Punjab Mental Hospital Lahore 1932-46 - 1932-1946
Year: 1932
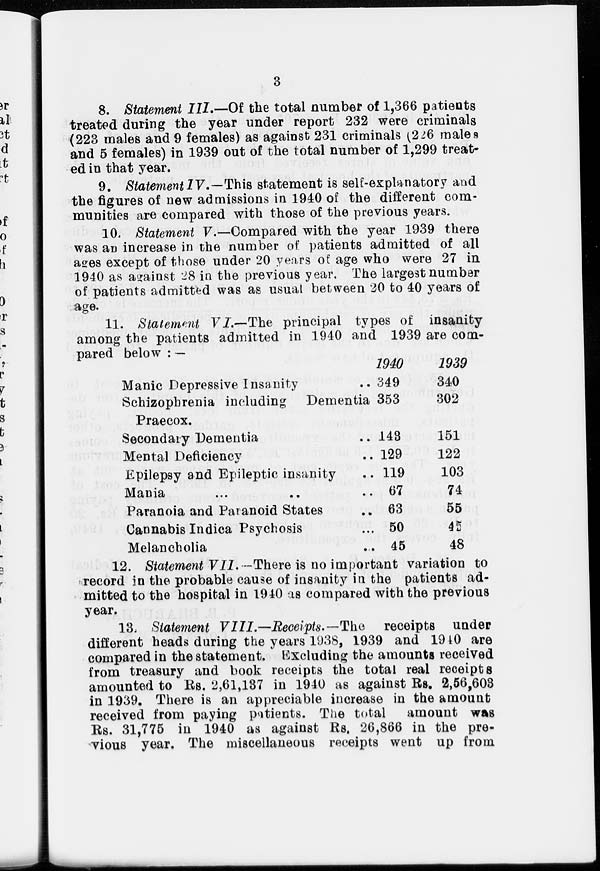
3
8. Statement III.—Of the total number of 1,366 patients
treated during the year under report 232 were criminals
(223 males and 9 females) as against 231 criminals (226 males
and 5 females) in 1939 out of the total number of 1,299 treat-
ed in that year.
9. Statement IV.—This statement is self-explanatory and
the figures of new admissions in 1940 of the different com-
munities are compared with those of the previous years.
10. Statement V.—Compared with the year 1939 there
was an increase in the number of patients admitted of all
ages except of those under 20 years of age who were 27 in
1940 as against 28 in the previous year. The largest number
of patients admitted was as usual between 20 to 40 years of
age.
11. Statement VI.—The principal types of insanity
among the patients admitted in 1940 and 1939 are com-
pared below : —
Manic Depressive Insanity ..
Schizophrenia including
Dementia
Praecox.
Secondary Dementia ..
Mental Deficiency ..
Epilepsy and Epileptic insanity ..
Mania ..
Paranoia and Paranoid States ..
Cannabis Indica Psychosis ..
Melancholia ..
1940
349
353
143
129
119
67
63
50
45
1939
340
302
151
122
103
74
55
45
48
12. Statement VII. —There is no important variation to
record in the probable cause of insanity in the patients ad-
mitted to the hospital in 1940 as compared with the previous
year.
13. Statement VIII.—Receipts.—The
receipts under
different heads during the years 1938, 1939 and 1940 are
compared in the statement. Excluding the amounts received
from treasury and book receipts the total real receipts
amounted to Rs. 2,61,137 in 1940 as against Rs. 2,56,603
in 1939. There is an appreciable increase in the amount
received from paying patients. The total
amount was
Rs. 31,775 in 1940 as against Rs. 26,866 in the pre-
vious year. The miscellaneous receipts went up from